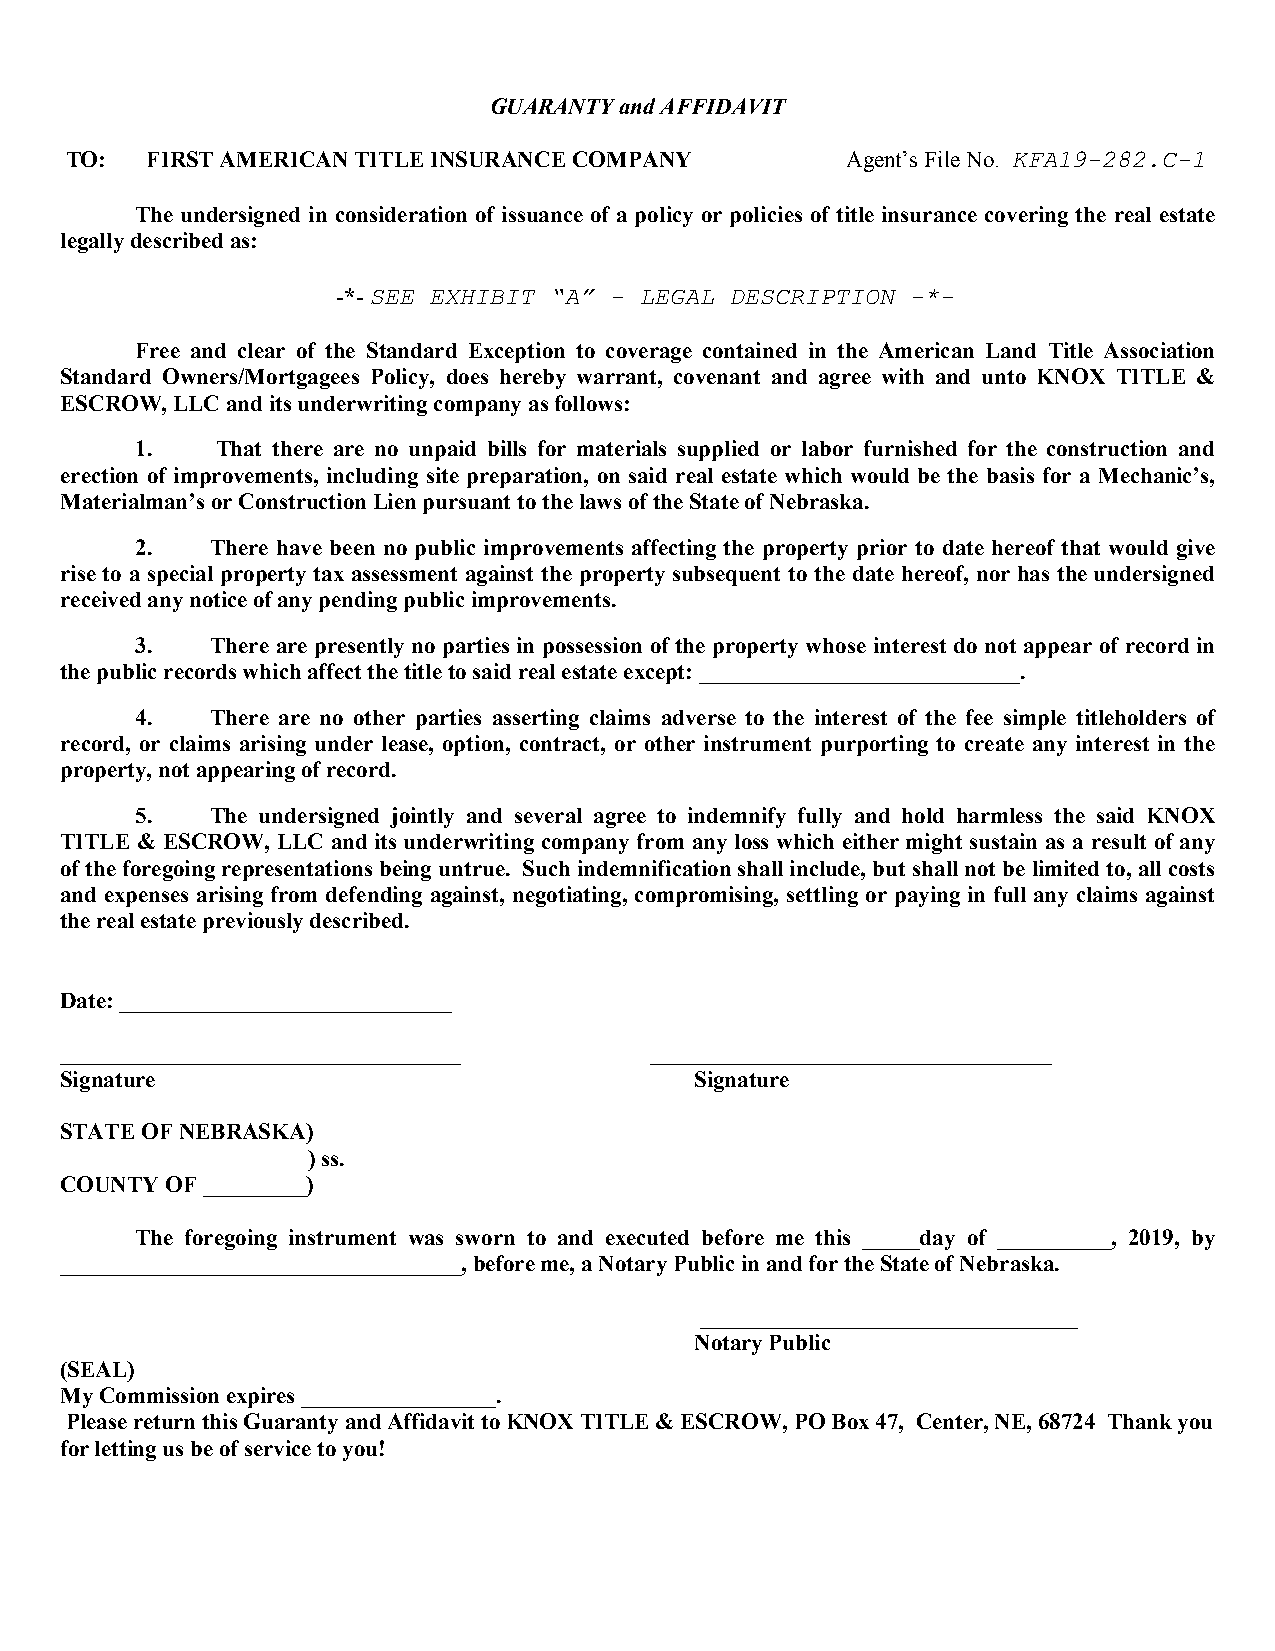
GUARANTY and AFFIDAVIT
 TO:   FIRST AMERICAN TITLE INSURANCE COMPANY        Agent’s File No. KFA19-282.C-1
 The undersigned in consideration of issuance of a policy or policies of title insurance covering the real estate
 legally described as:
 -*- SEE EXHIBIT “A” - LEGAL DESCRIPTION -*-
 Free and clear of the Standard Exception to coverage contained in the American Land Title Association
 Standard Owners/Mortgagees Policy, does hereby warrant, covenant and agree with and unto KNOX TITLE &
 ESCROW, LLC and its underwriting company as follows:
 1.   That there are no unpaid bills for materials supplied or labor furnished for the construction and
 erection of improvements, including site preparation, on said real estate which would be the basis for a Mechanic’s,
 Materialman’s or Construction Lien pursuant to the laws of the State of Nebraska.
 2.   There have been no public improvements affecting the property prior to date hereof that would give
 rise to a special property tax assessment against the property subsequent to the date hereof, nor has the undersigned
 received any notice of any pending public improvements.
 3.   There are presently no parties in possession of the property whose interest do not appear of record in
 the public records which affect the title to said real estate except: ____________________________.
 4.   There are no other parties asserting claims adverse to the interest of the fee simple titleholders of
 record, or claims arising under lease, option, contract, or other instrument purporting to create any interest in the
 property, not appearing of record.
 5.   The undersigned jointly and several agree to indemnify fully and hold harmless the said KNOX
 TITLE & ESCROW, LLC and its underwriting company from any loss which either might sustain as a result of any
 of the foregoing representations being untrue. Such indemnification shall include, but shall not be limited to, all costs
 and expenses arising from defending against, negotiating, compromising, settling or paying in full any claims against
 the real estate previously described.
 Date: _____________________________
 ___________________________________    ___________________________________
 Signature                                 Signature
 STATE OF NEBRASKA)
 ) ss.
 COUNTY OF _________)
 The foregoing instrument was sworn to and executed before me this _____day of __________, 2019, by
 ___________________________________, before me, a Notary Public in and for the State of Nebraska.
 _________________________________
 Notary Public
 (SEAL)
 My Commission expires _________________.
 Please return this Guaranty and Affidavit to KNOX TITLE & ESCROW, PO Box 47, Center, NE, 68724 Thank you
 for letting us be of service to you!